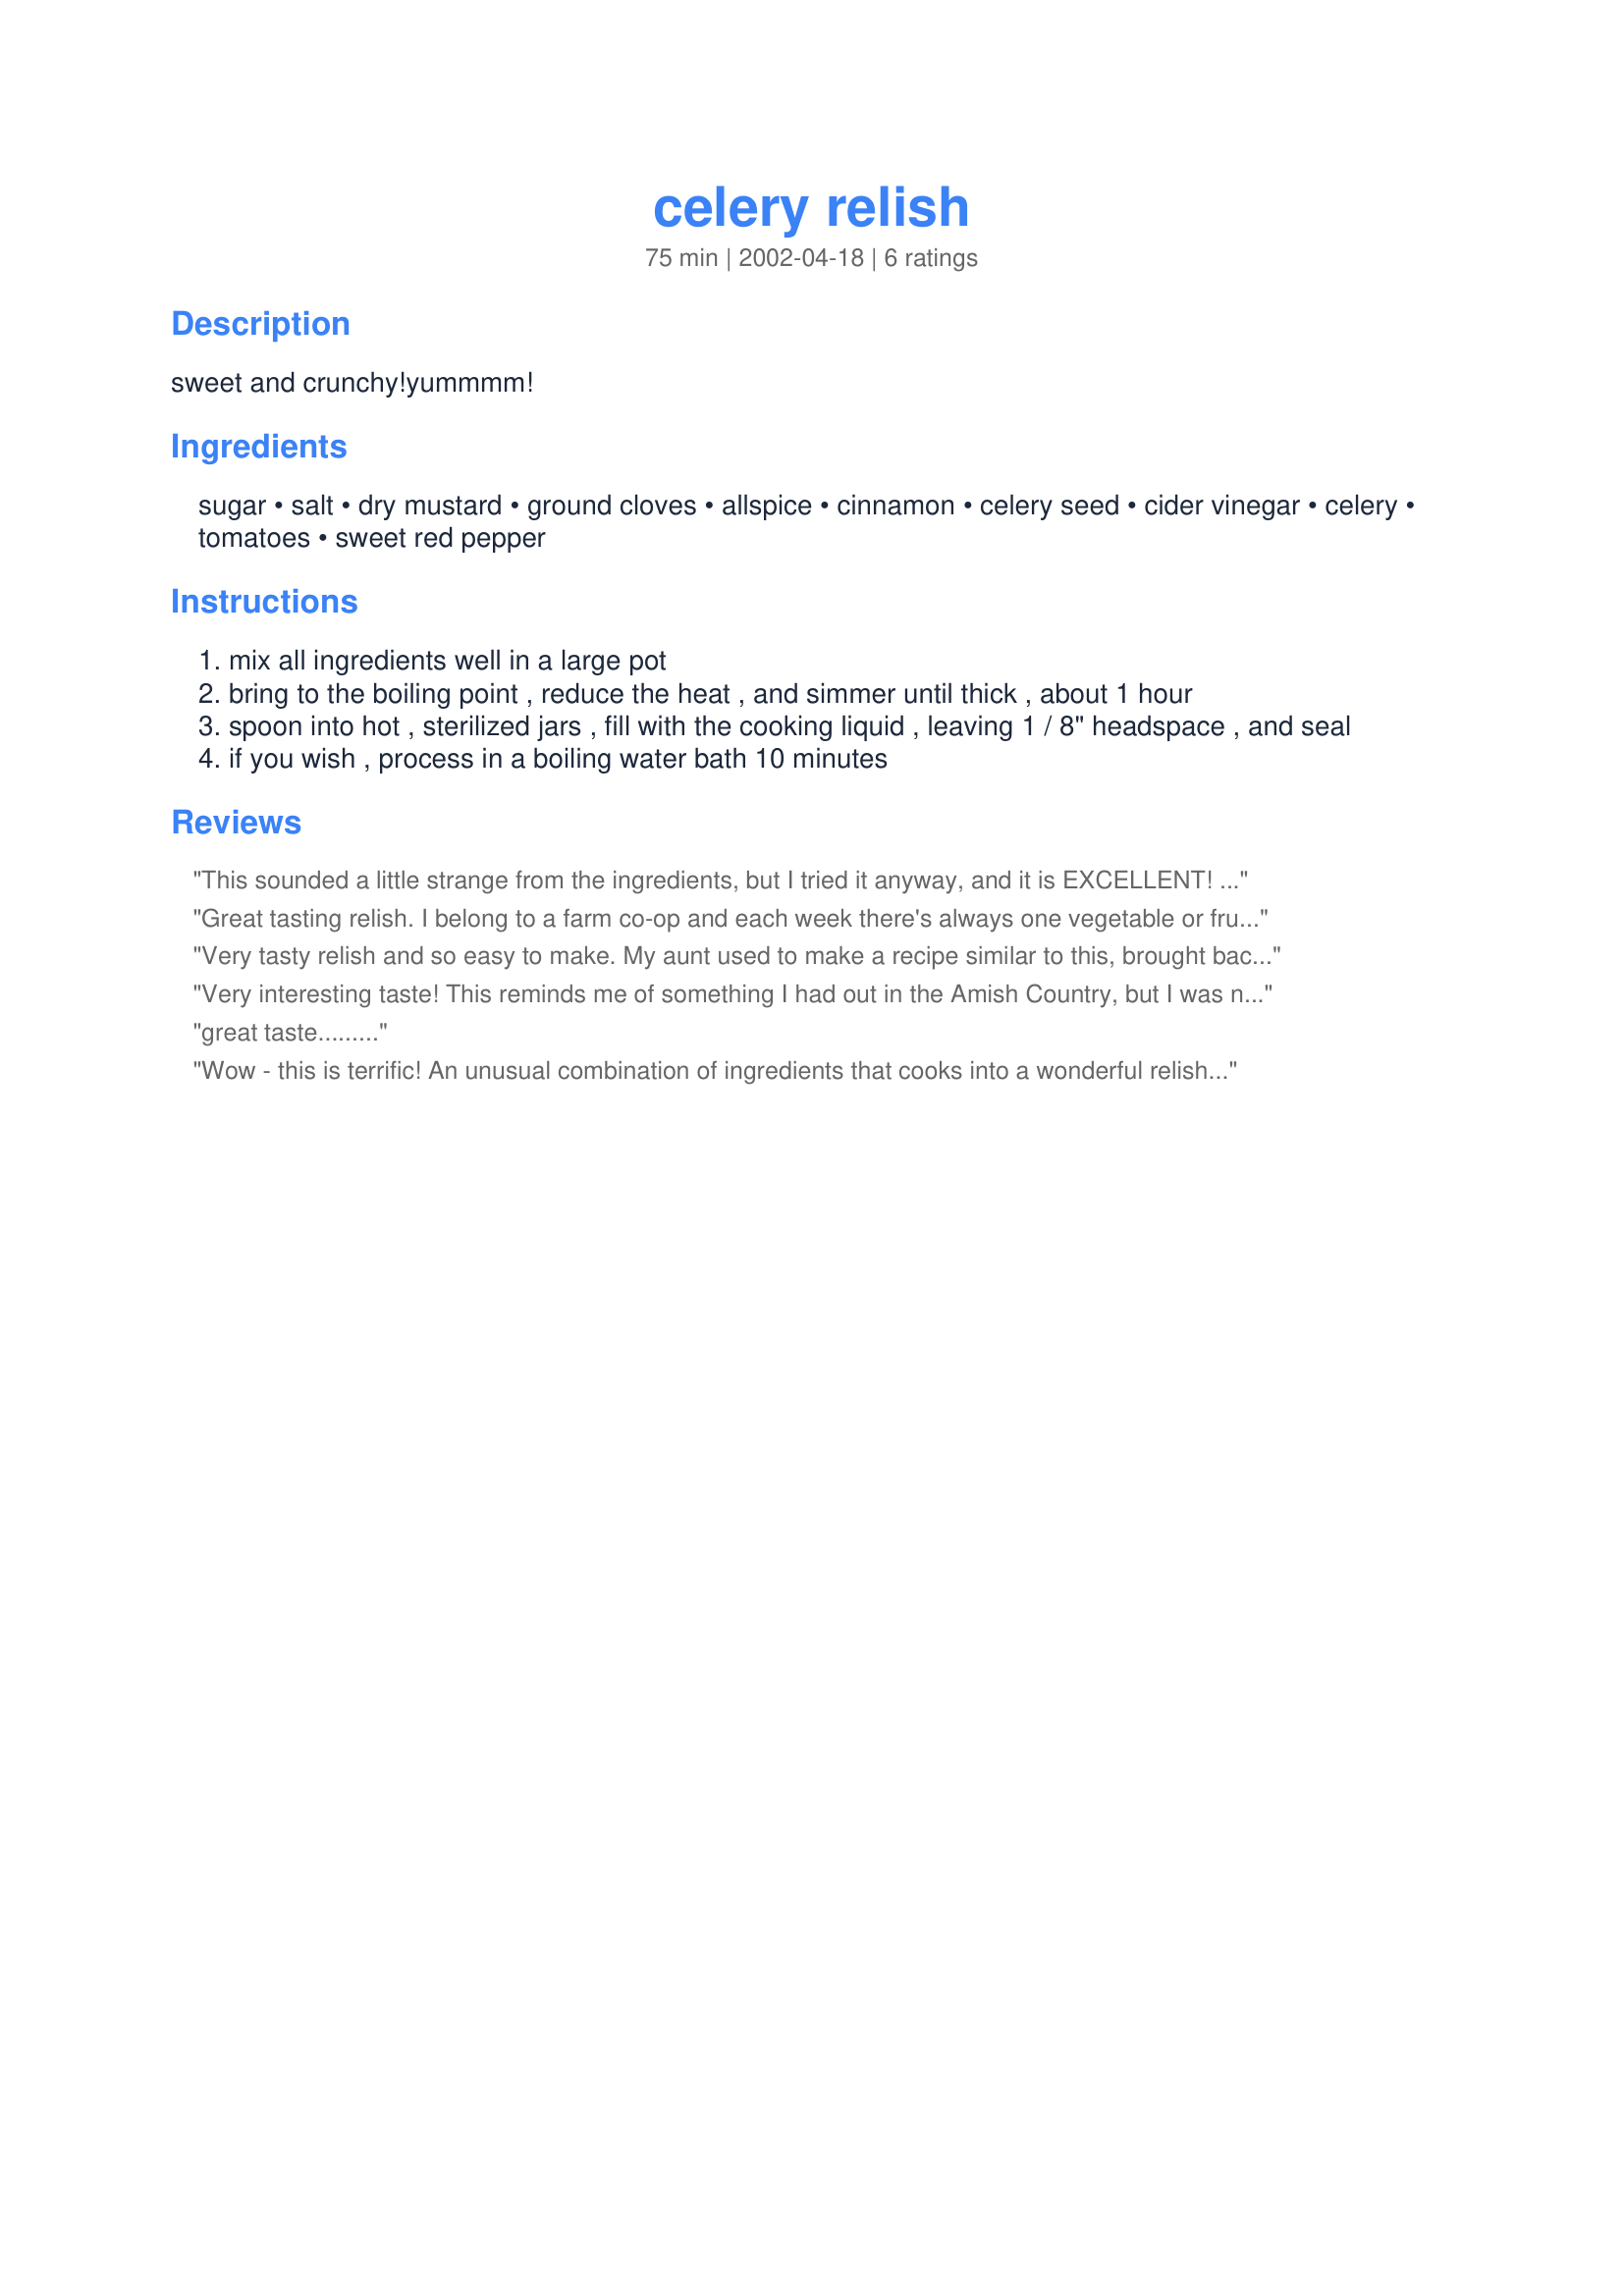
celery relish
Preparation time: 75 minutes

sweet and crunchy!yummmm!

Ingredients:
sugar, salt, dry mustard, ground cloves, allspice, cinnamon, celery seed, cider vinegar, celery, tomatoes, sweet red pepper

Steps:
mix all ingredients well in a large pot
bring to the boiling point , reduce the heat , and simmer until thick , about 1 hour
spoon into hot , sterilized jars , fill with the cooking liquid , leaving 1 / 8" headspace , and seal
if you wish , process in a boiling water bath 10 minutes

Reviews:
This sounded a little strange from the ingredients, but I tried it anyway, and it is EXCELLENT! The flavors blend into one of those flavors that you know you have tasted before but can't remember where. And low fat too, very good. It should work as an excellent low fat salsa/dip, I'm thinking with corn chips. Thanks Sharon, always looking for something different to pig out on without feeling guilty!
Great tasting relish. I belong to a farm co-op and each week there's always one vegetable or fruit that I just don't know what to do with in the quantity that I get. Mainly celery. This is perfect.
Very tasty relish and so easy to make. My aunt used to make a recipe similar to this, brought back nice memories. I didnt have allspice so I added fresh ground nutmeg and left the vegetables chunky. This would work well with almost any meal. Thanks Sharon123, great recipe!
Very interesting taste! This reminds me of something I had out in the Amish Country, but I was not able to get the recipe.
great taste.........
Wow - this is terrific! An unusual combination of ingredients that cooks into a wonderful relish. It smelled so good while cooking too! This is great on crackers and sandwiches - can't wait to try it on a turkey sandwich after Thanksgiving! Thanks for posting this keeper!
